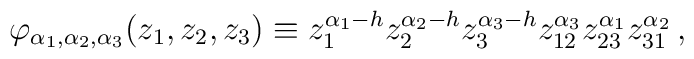
\varphi_{\alpha_1,\alpha_2,\alpha_3}(z_1,z_2,z_3)\equiv z_1^{\alpha_1-h}z_2^{\alpha_2-h}z_3^{\alpha_3-h}z_{12}^{\alpha_3}z_{23}^{\alpha_1}z_{31}^{\alpha_2}\,,